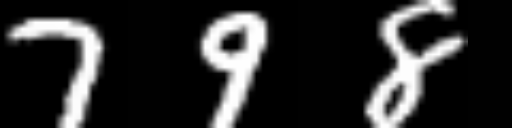
Text: 798